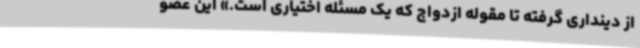
از دینداری گرفته تا مقوله ازدواج که یک مسئله اختیاری است.» این عضو